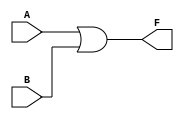
module two_variable_kmap (
    input wire A,      // First input variable
    input wire B,      // Second input variable
    output wire F      // Output variable
);

// K-map implementation
// The output F can be defined based on the specific logic function.
// For example, let's assume the following truth table:
// F(0,0) = 0
// F(0,1) = 1
// F(1,0) = 1
// F(1,1) = 1
// This corresponds to the logical expression: F = B + A

assign F = (A | B); // Simplified expression derived from K-map

endmodule